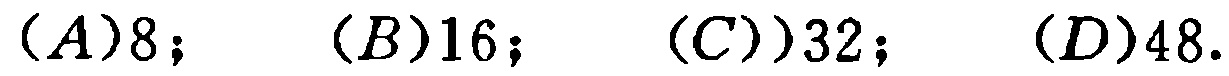
$(A)8; \quad (B)16; \quad (C))32; \quad (D)48.$